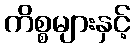
ကိစ္စများနှင့်